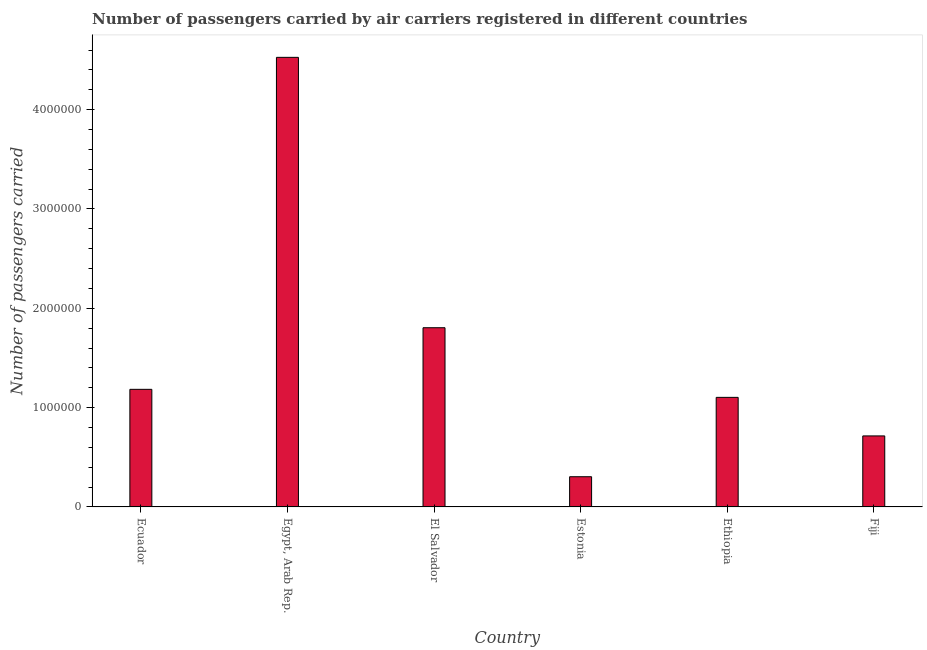
| Country | Air transport |
 | --- | --- |
 | Ecuador | 1.18e+06 |
 | Egypt, Arab Rep. | 4.53e+06 |
 | El Salvador | 1.8e+06 |
 | Estonia | 3.04e+05 |
 | Ethiopia | 1.1e+06 |
 | Fiji | 7.15e+05 |